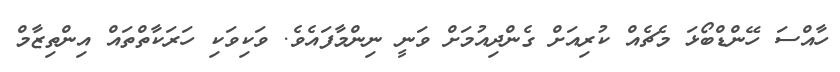
ހާއްސަ ހޭންޑްބޯޅަ މެޗެއް ކުރިއަށް ގެންދިއުމަށް ވަނީ ނިންމާފައެވެ. ވަކިވަކި ހަރަކާތްތައް އިންތިޒާމް